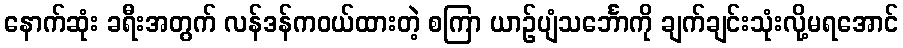
နောက်ဆုံး ခရီးအတွက် လန်ဒန်ကဝယ်ထားတဲ့ စကြာ ယာဉ်ပျံသင်္ဘောကို ချက်ချင်းသုံးလို့မရအောင်